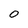
Character: 0